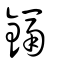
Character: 鎘